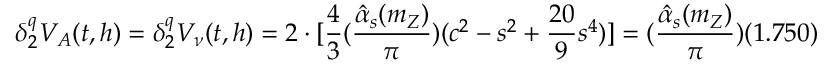
\delta _ { 2 } ^ { q } V _ { A } ( t , h ) = \delta _ { 2 } ^ { q } V _ { \nu } ( t , h ) = 2 \cdot [ \frac { 4 } { 3 } ( \frac { \hat { \alpha } _ { s } ( m _ { Z } ) } { \pi } ) ( c ^ { 2 } - s ^ { 2 } + \frac { 2 0 } { 9 } s ^ { 4 } ) ] = ( \frac { \hat { \alpha } _ { s } ( m _ { Z } ) } { \pi } ) ( 1 . 7 5 0 )